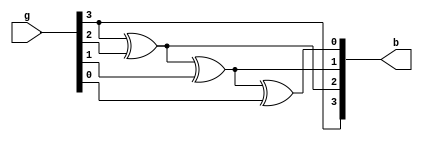
`timescale 1ns / 1ps
//////////////////////////////////////////////////////////////////////////////////
// Company: 
// Engineer: 
// 
// Design Name: 
// Module Name:    Graytobinary 
// Project Name: 
// Target Devices: 
// Tool versions: 
// Description: 
//
// Dependencies: 
//
// Revision: 
// Revision 0.01 - File Created
// Additional Comments: 
//
//////////////////////////////////////////////////////////////////////////////////
module Graytobinary(g,b);
input [3:0]g;
output [3:0]b;
assign b[3]=g[3];
assign b[2]=g[3]^g[2];
assign b[1]=g[3]^g[2]^g[1];
assign b[0]=g[3]^g[2]^g[1]^g[0];



endmodule